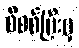
စိစစ်ပြီးမှ